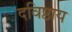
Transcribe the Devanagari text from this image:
दविष्ठाय